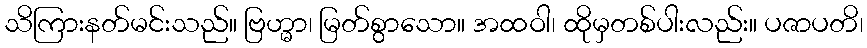
သိကြားနတ်မင်းသည်။ ဗြဟ္မာ၊ မြတ်စွာသော။ အထဝါ၊ ထိုမှတစ်ပါးလည်း။ ပဇာပတိ၊